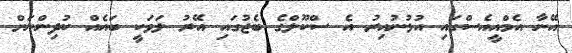
އޭނާ އެމްއީއެސްގައި އުޅުނުއިރު އެ ސްކޫލްގެ ބެޖުގައި އޭރު ލަވަކީ ބައެއް ކުދިންނަށް